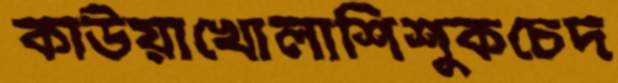
কাউয়াখোলাশিশুকচেদ